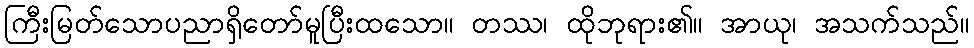
ကြီးမြတ်သောပညာရှိတော်မူပြီးထသော။ တဿ၊ ထိုဘုရား၏။ အာယု၊ အသက်သည်။